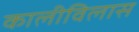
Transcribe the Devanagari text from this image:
कालीविलास